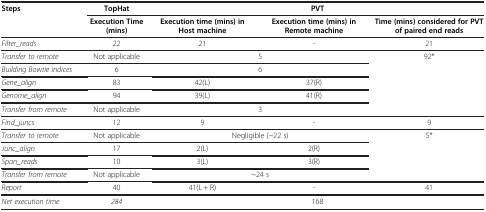
| Steps | TopHat | <COLSPAN=3> PVT |
 |  | Execution Time (mins) | Execution time (mins) in Host machine | Execution time (mins) in Remote machine | Time (mins) considered for PVT of paired end reads |
 | --- | --- | --- | --- | --- |
 | Filter_reads | 22 | 21 | - | 21 |
 | Transfer to remote | Not applicable | <COLSPAN=2> 5 | <ROWSPAN=5> 92* |
 | Building Bowtie indices | 6 | <COLSPAN=2> 6 |
 | Gene_align | 83 | 42(L) | 37(R) |
 | Genome_align | 94 | 39(L) | 41(R) |
 | Transfer from remote | Not applicable | <COLSPAN=2> 3 |
 | Find_juncs | 12 | 9 | - | 9 |
 | Transfer to remote | Not applicable | <COLSPAN=2> Negligible (~22 s) | <ROWSPAN=4> 5* |
 | Junc_align | 17 | 2(L) | 2(R) |
 | Span_reads | 10 | 3(L) | 3(R) |
 | Transfer from remote | Not applicable | <COLSPAN=2> ~24 s |
 | Report | 40 | 41(L + R) | - | 41 |
 | Net execution time | 284 | <COLSPAN=3> 168 |